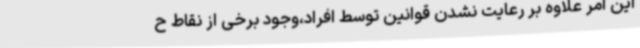
این امر علاوه بر رعایت نشدن قوانین توسط افراد،وجود برخی از نقاط ح